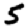
Digit: 5